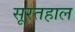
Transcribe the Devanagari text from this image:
सूरतहाल